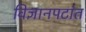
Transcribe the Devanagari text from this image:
विज्ञानपटांत